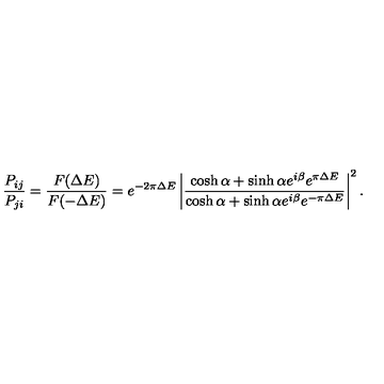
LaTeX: { \frac { P _ { i j } } { P _ { j i } } } = { \frac { F ( \Delta E ) } { F ( - \Delta E ) } } = e ^ { - 2 \pi \Delta E } \left| { \frac { \cosh \alpha + \sinh \alpha e ^ { i \beta } e ^ { \pi \Delta E } } { \cosh \alpha + \sinh \alpha e ^ { i \beta } e ^ { - \pi \Delta E } } } \right| ^ { 2 } .